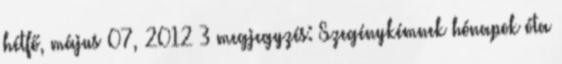
hétfő, május 07, 2012 3 megjegyzés: Szegénykémnek hónapok óta